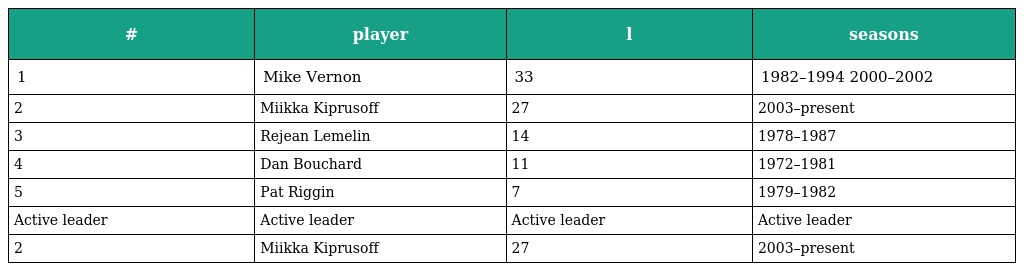
| # | player | l | seasons |
 | --- | --- | --- | --- |
 | 1 | Mike Vernon | 33 | 1982–1994 2000–2002 |
 | 2 | Miikka Kiprusoff | 27 | 2003–present |
 | 3 | Rejean Lemelin | 14 | 1978–1987 |
 | 4 | Dan Bouchard | 11 | 1972–1981 |
 | 5 | Pat Riggin | 7 | 1979–1982 |
 | Active leader | Active leader | Active leader | Active leader |
 | 2 | Miikka Kiprusoff | 27 | 2003–present |